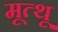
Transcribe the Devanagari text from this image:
मूत्थू